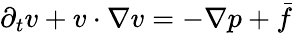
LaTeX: \partial_{t}v+v\cdot\nabla v=-\nabla p+\bar{f}